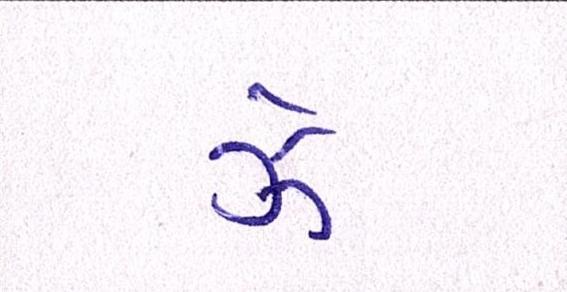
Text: ઝેૄ